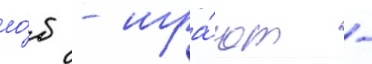
ло́б - игра́ют -